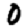
Digit: 0